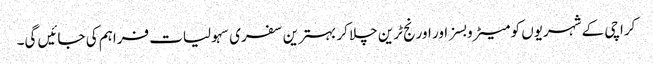
کراچی کے شہریوں کو میٹرو بسز اور اورنج ٹرین چلا کر بہترین سفری سہولیات فراہم کی جائیں گی۔